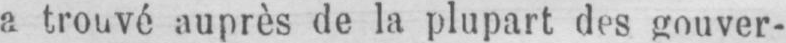
a trouvé auprès de la plupart des gouver-